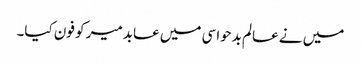
میں نے عالم بدحواسی میں عابد میر کو فون کیا۔